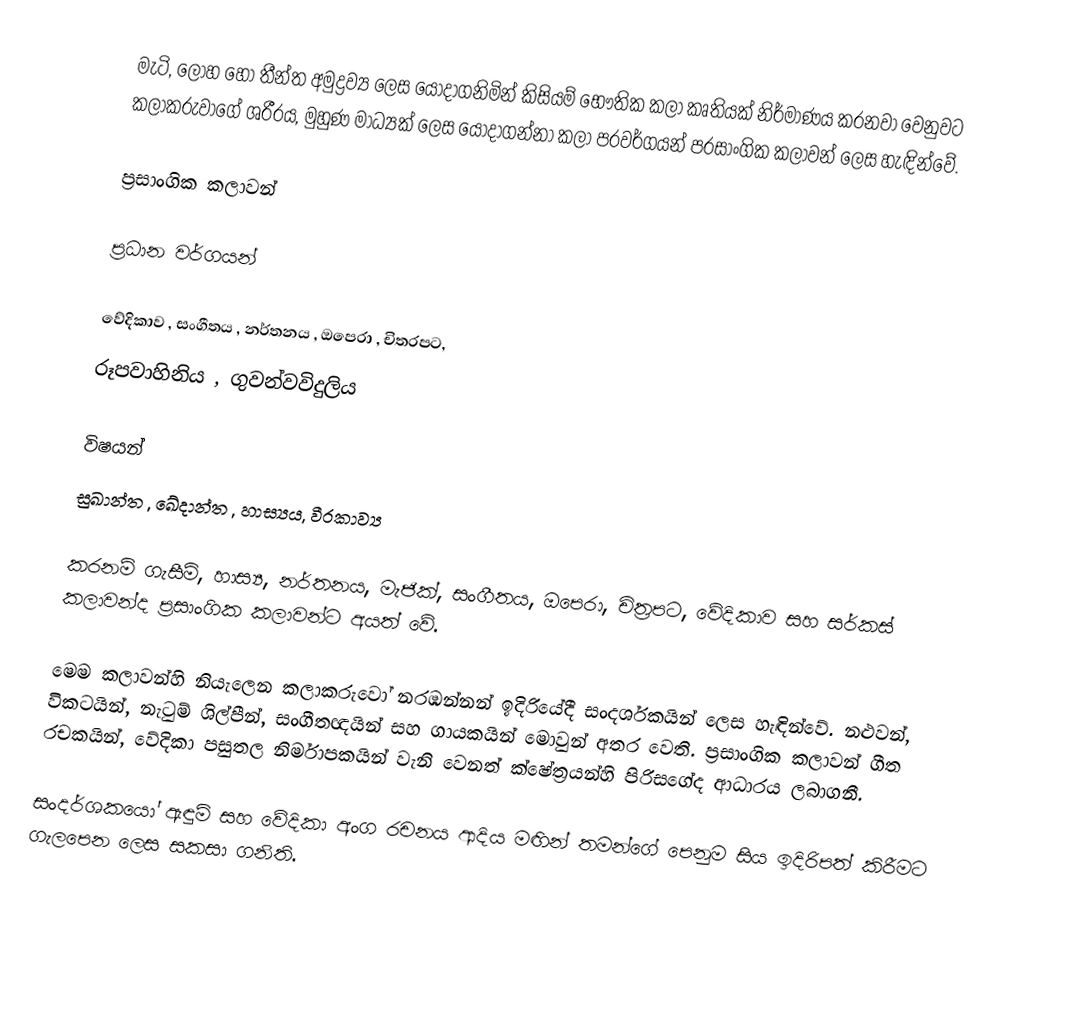
මැටි, ලෝහ හෝ තීන්ත අමුද්‍රව්‍ය ලෙස යොදාගනිමින් කිසියම් භෞතික කලා කෘතියක් නිර්මාණය කරනවා වෙනුවට කලාකරුවාගේ ශරීරය, මුහුණ මාධ්‍යක් ලෙස යොදාගන්නා කලා ප‍්‍රවර්ගයන් ප‍්‍රසාංගික කලාවන් ලෙස හැඳින්වේ.

ප‍්‍රසාංගික කලාවන්

ප‍්‍රධාන ‍වර්ගයන්

වේදිකාව , සංගීතය ,  නර්තනය , ඔපෙරා ,  චිත‍්‍රපට,
රූපවාහිනිය , ගුවන්වවිදුලිය

විෂයන්
සුඛාන්ත ,  ඛේදාන්ත ,  හාස්‍යය,  වීරකාව්‍ය

කරනම් ගැසීම්, හාස්‍ය, නර්තනය, මැජික්, සංගීතය, ඔපෙරා, චිත‍්‍රපට, වේදිකාව සහ සර්කස් කලාවන්ද ප‍්‍රසාංගික කලාවන්ට අයත් වේ.

මෙම කලාවන්හි නියැලෙන කලාකරුවෝ නරඹන්නන් ඉදිරියේදී සංදර්ශකයින් ලෙස හැඳින්වේ. නළුවන්, විකටයින්, නැටුම් ශිල්පීන්, සංගීතඥයින් සහ ගායකයින් මොවුන් අතර වෙති. ප‍්‍රසාංගික කලාවන් ගීත රචකයින්, වේදිකා පසුතල නිර්මාපකයින් වැනි වෙනත් ක්ෂේත‍්‍රයන්හි පිරිසගේද ආධාරය ලබාගනී.

සංදර්ශකයෝ ඇඳුම් සහ වේදිකා අංග රචනය ආදිය මඟින් තමන්ගේ පෙනුම සිය ඉදිරිපත් කිරීමට ගැලපෙන ලෙස සකසා ගනිති.